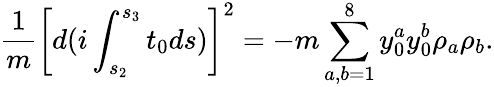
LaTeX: \frac{1}{m}\left[d(i\int_{s_{2}}^{s_{3}}t_{0}ds)\right]^{2}=-m\sum_{a,b=1}^{8}{y}_{0}^{a}{y}_{0}^{b}\rho_{a}\rho_{b}.